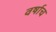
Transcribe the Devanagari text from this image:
वर्षाच